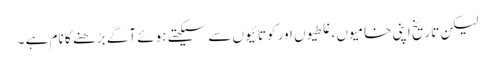
لیکن تاریخ اپنی خامیوں ،غلطیوں اور کوتائیوں سے سیکھتے ہوئے آگے بڑھنے کا نام ہے ۔